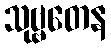
သုဗ္ဗတေန